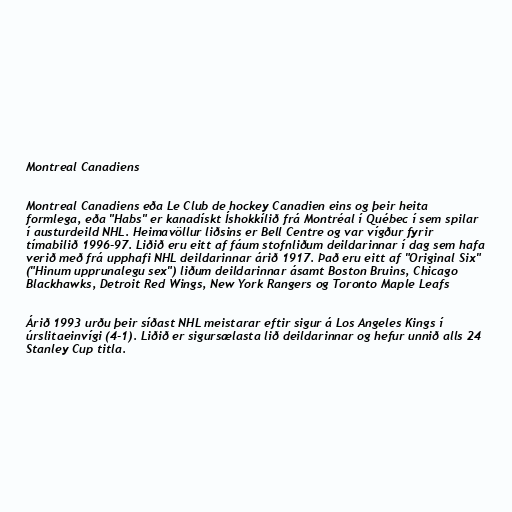
Montreal Canadiens

Montreal Canadiens eða Le Club de hockey Canadien eins og þeir heita
formlega, eða "Habs" er kanadískt Íshokkílið frá Montréal í Québec í sem spilar
í austurdeild NHL. Heimavöllur liðsins er Bell Centre og var vígður fyrir
tímabilið 1996-97. Liðið eru eitt af fáum stofnliðum deildarinnar í dag sem hafa
verið með frá upphafi NHL deildarinnar árið 1917. Það eru eitt af "Original Six"
("Hinum upprunalegu sex") liðum deildarinnar ásamt Boston Bruins, Chicago
Blackhawks, Detroit Red Wings, New York Rangers og Toronto Maple Leafs

Árið 1993 urðu þeir síðast NHL meistarar eftir sigur á Los Angeles Kings í
úrslitaeinvígi (4-1). Liðið er sigursælasta lið deildarinnar og hefur unnið alls 24
Stanley Cup titla.